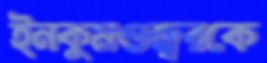
ইনকুমওজ্বরকে